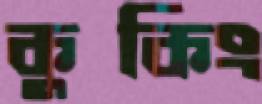
কুকিং